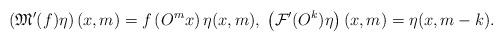
LaTeX: \begin{align*}\left(\mathfrak{M}^\prime(f)\eta\right)(x,m)=f\left( O^mx\right)\eta(x,m),\;\left( \mathcal{F}'(O^k)\eta \right)(x,m)=\eta(x,m-k).\end{align*}